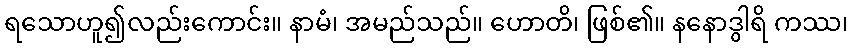
ရသောဟူ၍လည်းကောင်း။ နာမံ၊ အမည်သည်။ ဟောတိ၊ ဖြစ်၏။ နနောဒွါရိ ကဿ၊